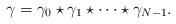
LaTeX: \begin{align*} \gamma=\gamma_0\star \gamma_1 \star \dots \star \gamma_{N-1}. \end{align*}